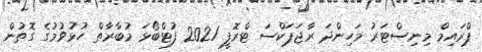
ޕްރައިމް މިނިސްޓަރު މަހިންދަ ރާޖަޕަކްސަ ޓްރޮފީ 2021 ފުޓްބޯޅަ މުބާރާތް ހުޅުވުމުގެ ގޮތުން